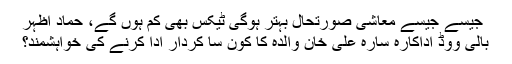
جیسے جیسے معاشی صورتحال بہتر ہوگی ٹیکس بھی کم ہوں گے، حماد اظہر
بالی ووڈ اداکارہ سارہ علی خان والدہ کا کون سا کردار ادا کرنے کی خواہشمند؟